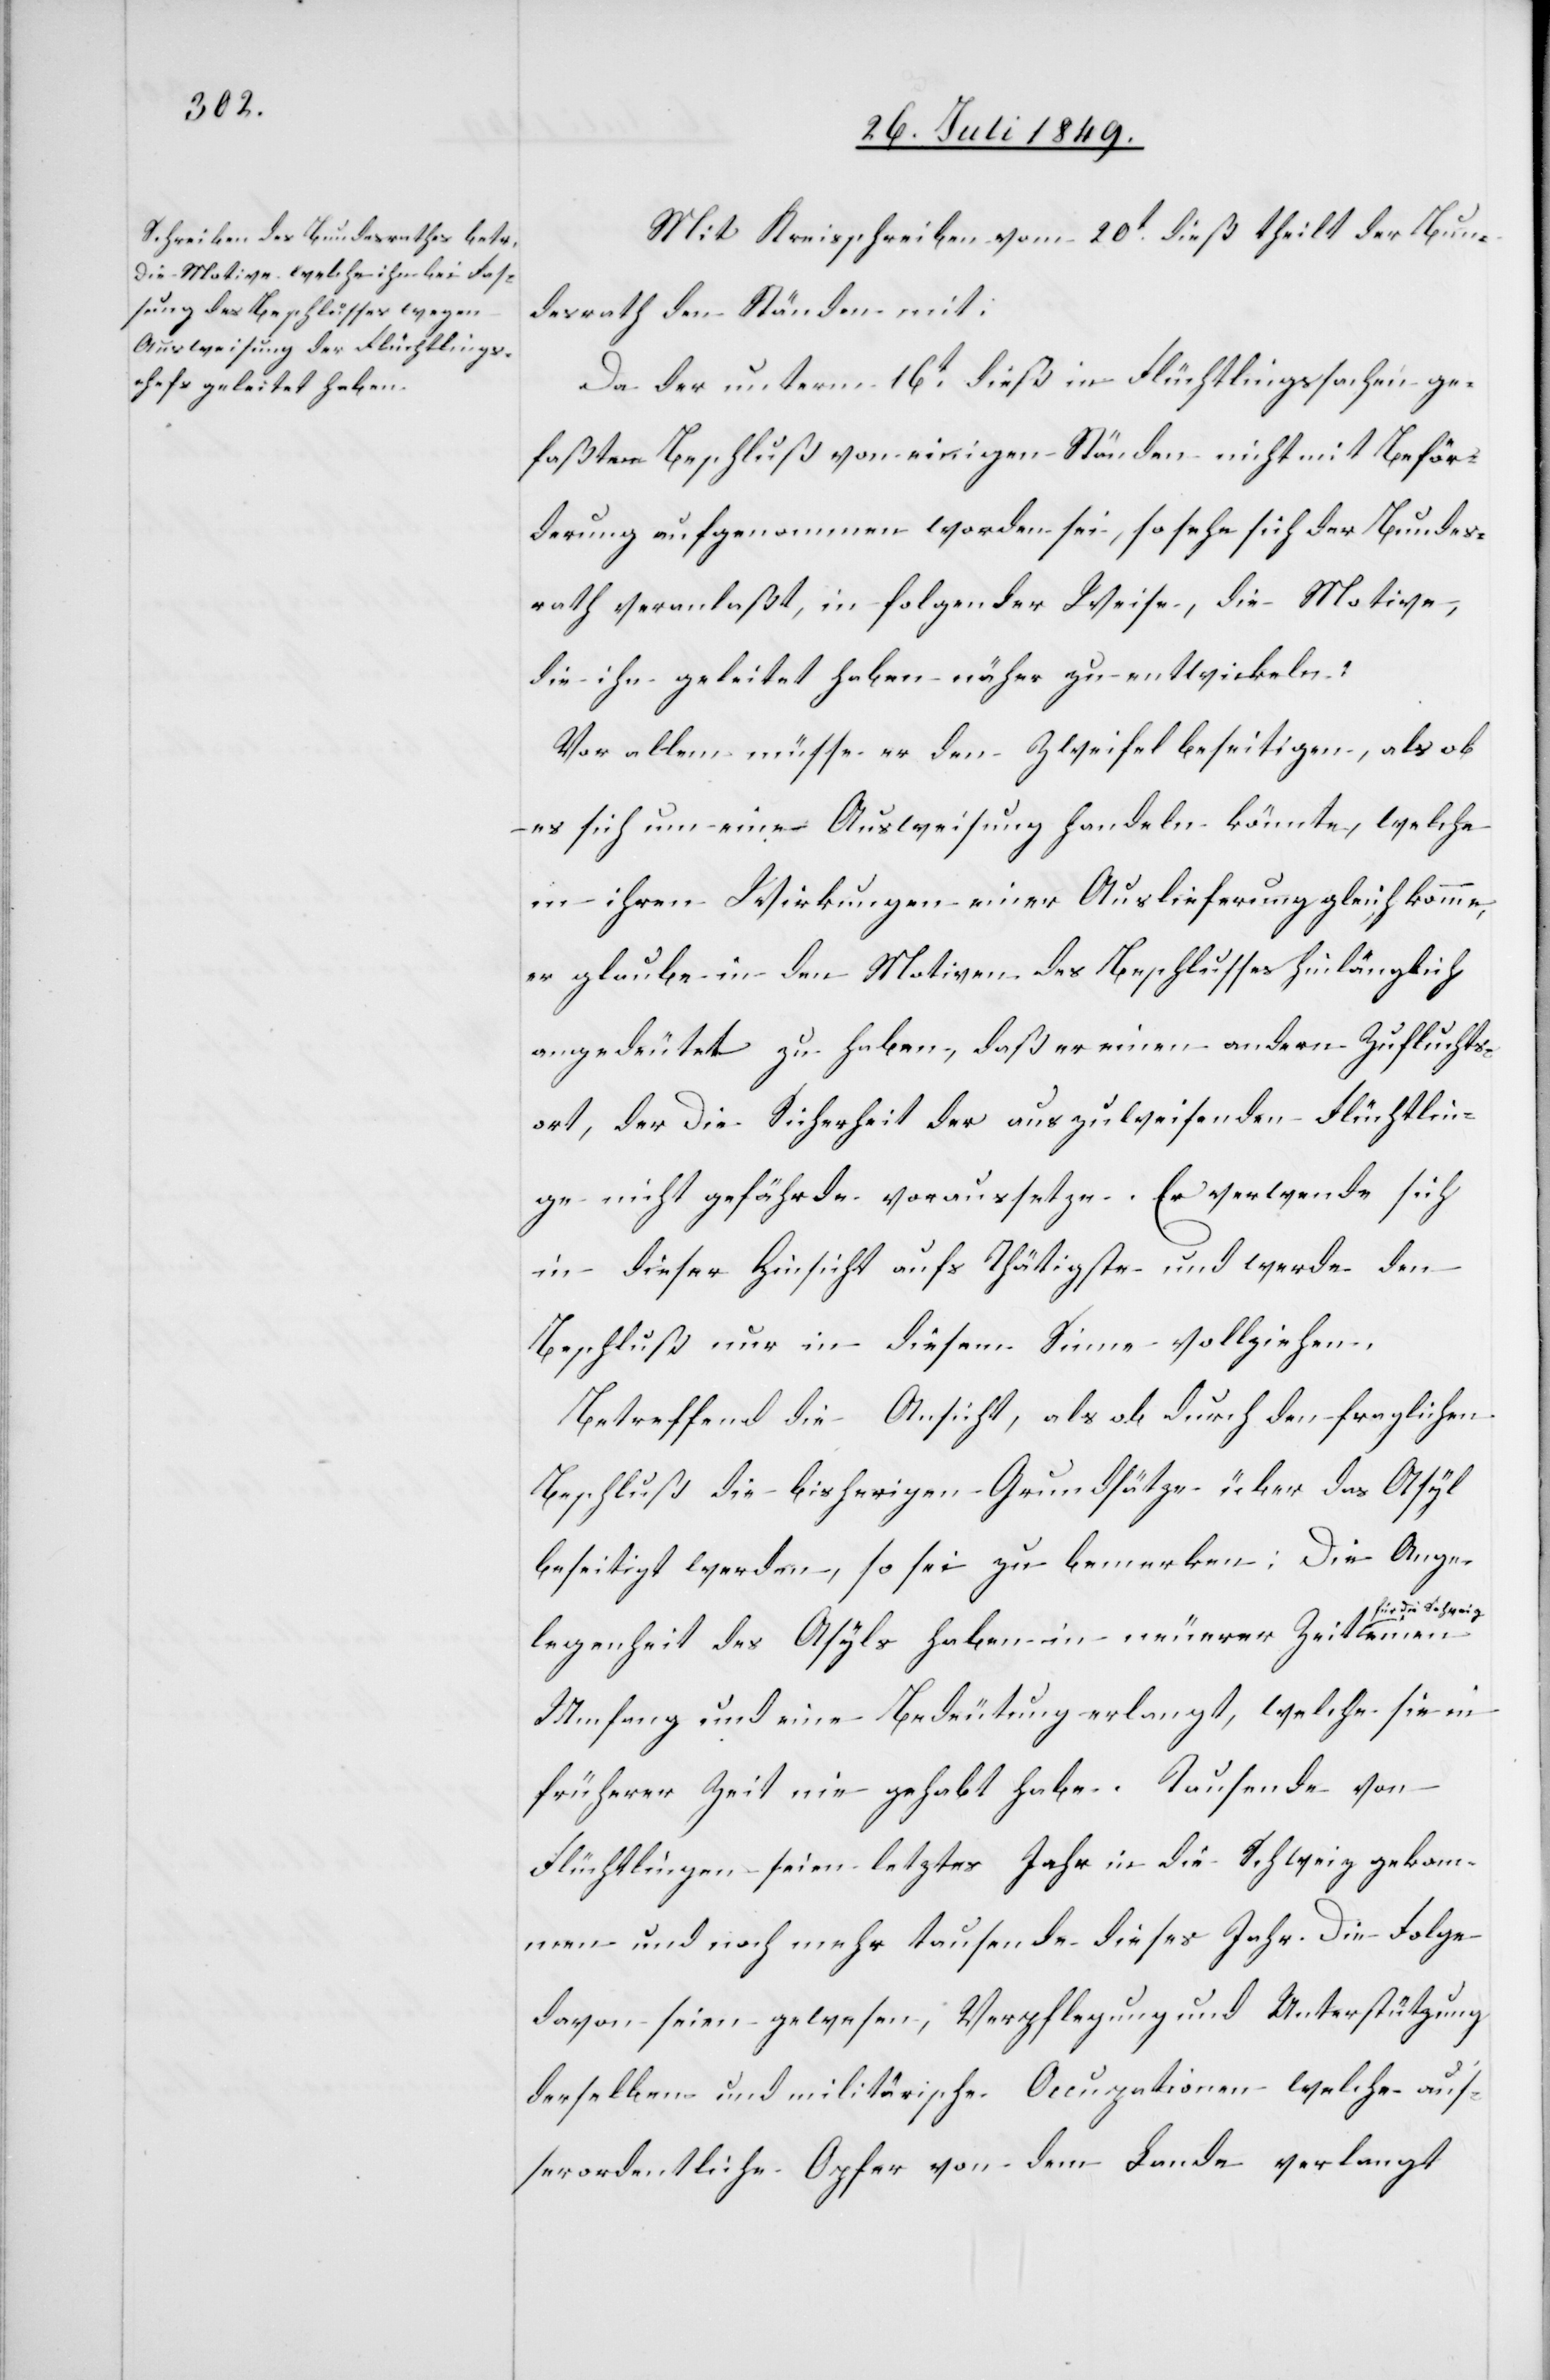
Mit Kreisschreiben vom 20t dieß theilt der Bun¬
desrath den Ständen mit:
Da der unterm 16t dieß in Flüchtlingssachen ge¬
faßte Beschluß von einigen Ständen nicht mit Beför¬
derung aufgenommen worden sei, so sehe sich der Bundes¬
rath veranlaßt, in folgender Weise, die Motive,
die ihn geleitet haben näher zu entwickeln:
Vor allem müsse er den Zweifel beseitigen, als ob
es sich um eine Ausweisung handeln könnte, welche
in ihren Wirkungen einer Auslieferung gleich komme,
er glaube in den Motiven des Beschlusses hinlänglich
angedeutet zu haben, daß er einen andern Zufluchts¬
ort, der die Sicherheit der auszuweisenden Flüchtlin¬
ge nicht gefährde voraussetze. Er verwende sich
in dieser Hinsicht aufs Thätigste und werde den
Beschluß nur in diesem Sinne vollziehen.
Betreffend die Ansicht, als ob durch den fraglichen
Beschluß die bisherigen Grundsätze über das Asyl
beseitigt werden, so sei zu bemerken: Die Ange¬
a-für die Schweiz-a
legenheit des Asyls haben in neuerer Zeit
Umfang und eine Bedeutung erlangt, welche sie in
früherer Zeit nie gehabt habe. Tausende von
Flüchtlingen seien letztes Jahr in die Schweiz gekom¬
men und noch mehr tausende dieses Jahr. Die Folge
davon seien gewesen, Verpflegung und Unterstützung
derselben und militärische Occupationen welche aus¬
serordentliche Opfer von dem Lande verlangt